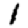
Digit: 1